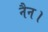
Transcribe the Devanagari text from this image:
नैन।